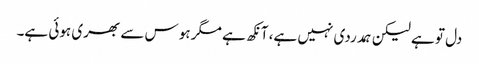
دل تو ہے لیکن ہمدردی نہیں ہے، آنکھ ہے مگر ہوس سے بھری ہوئی ہے۔